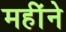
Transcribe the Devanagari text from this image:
महींने